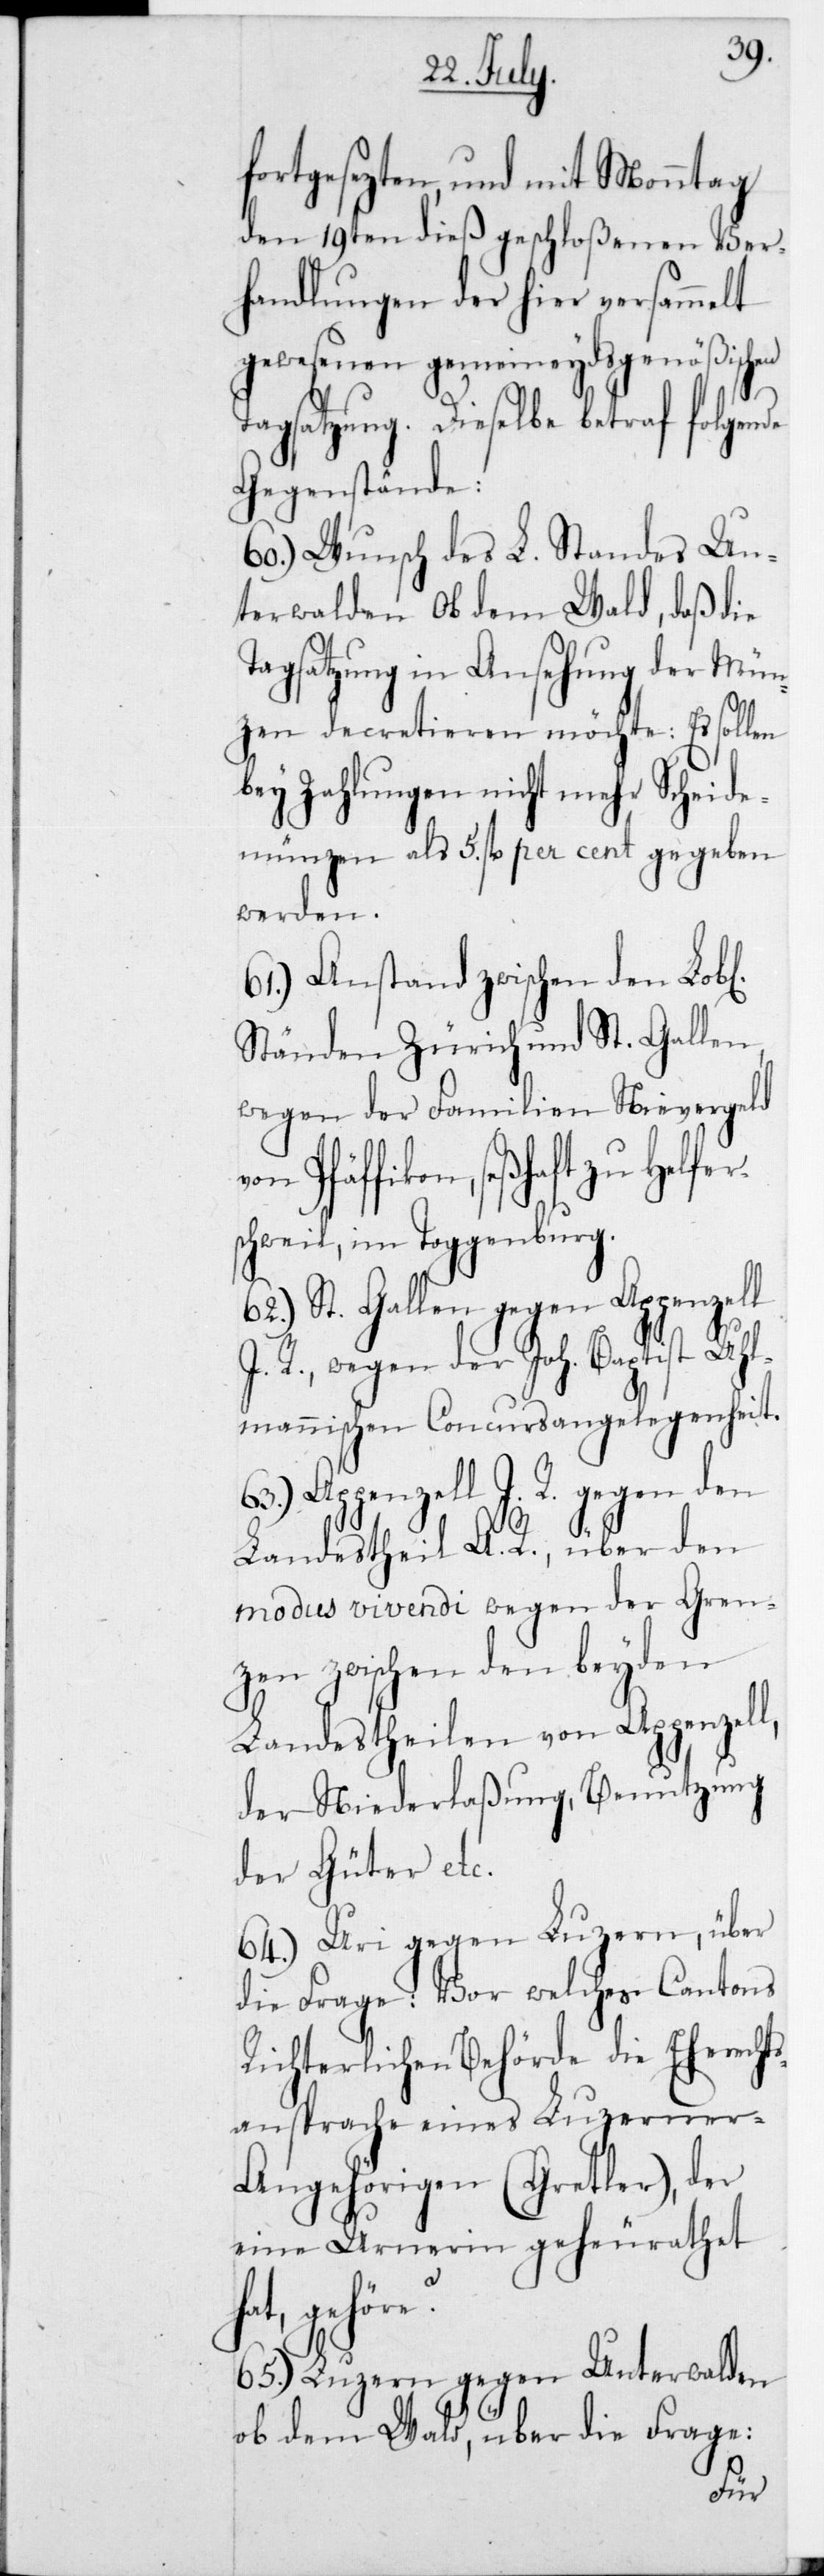
fortgesezten, und mit Monntag
den 19ten dieß geschloßenen Ver¬
handlungen der hier versammelt
gewesenen gemeineydsgenößischen
Tagsatzung. Dieselbe betraf folgende
Gegenstände:
60.) Wunsch des L. Standes Un¬
terwalden Ob dem Wald, daß die
Tagsatzung in Ansehung der Mün¬
zen decretieren möchte: Es sollen
bey Zahlungen nicht mehr Scheide¬
münzen als 5 fl. per cent gegeben
werden.
61.) Anstand zwischen den Lob[l¬
Ständen Zürich und St. Gallen,
wegen der Familien Nievergeld
Pfäffikon, seßhaft zu Helfe¬
schweil im Toggenburg.
St. Gallen gegen Appenzell
I. R., wegen der Joh. Baptist Uhl¬
mannischen Concursangelegenheit.
Appenzell I. R. gegen den
Landestheil A. R., über den
modus vivendi wegen der Gren¬
zen zwischen den beyden
Landestheilen von Appenzel¬
der Niederlaßung, Benutzung
der Güter etc.
64.) Uri gegen Luzern, über
die Frage: Vor welcher Cantons
Richterlichen Behörde die Eherecht¬
sansprache eines Luzerner-A¬
ngehörigen (Gretler), der
eine Urnerin geheurathet h¬
at, gehöre?
65.) Luzern gegen Unterwalden
Ob dem Wald, über die Frage:
l,